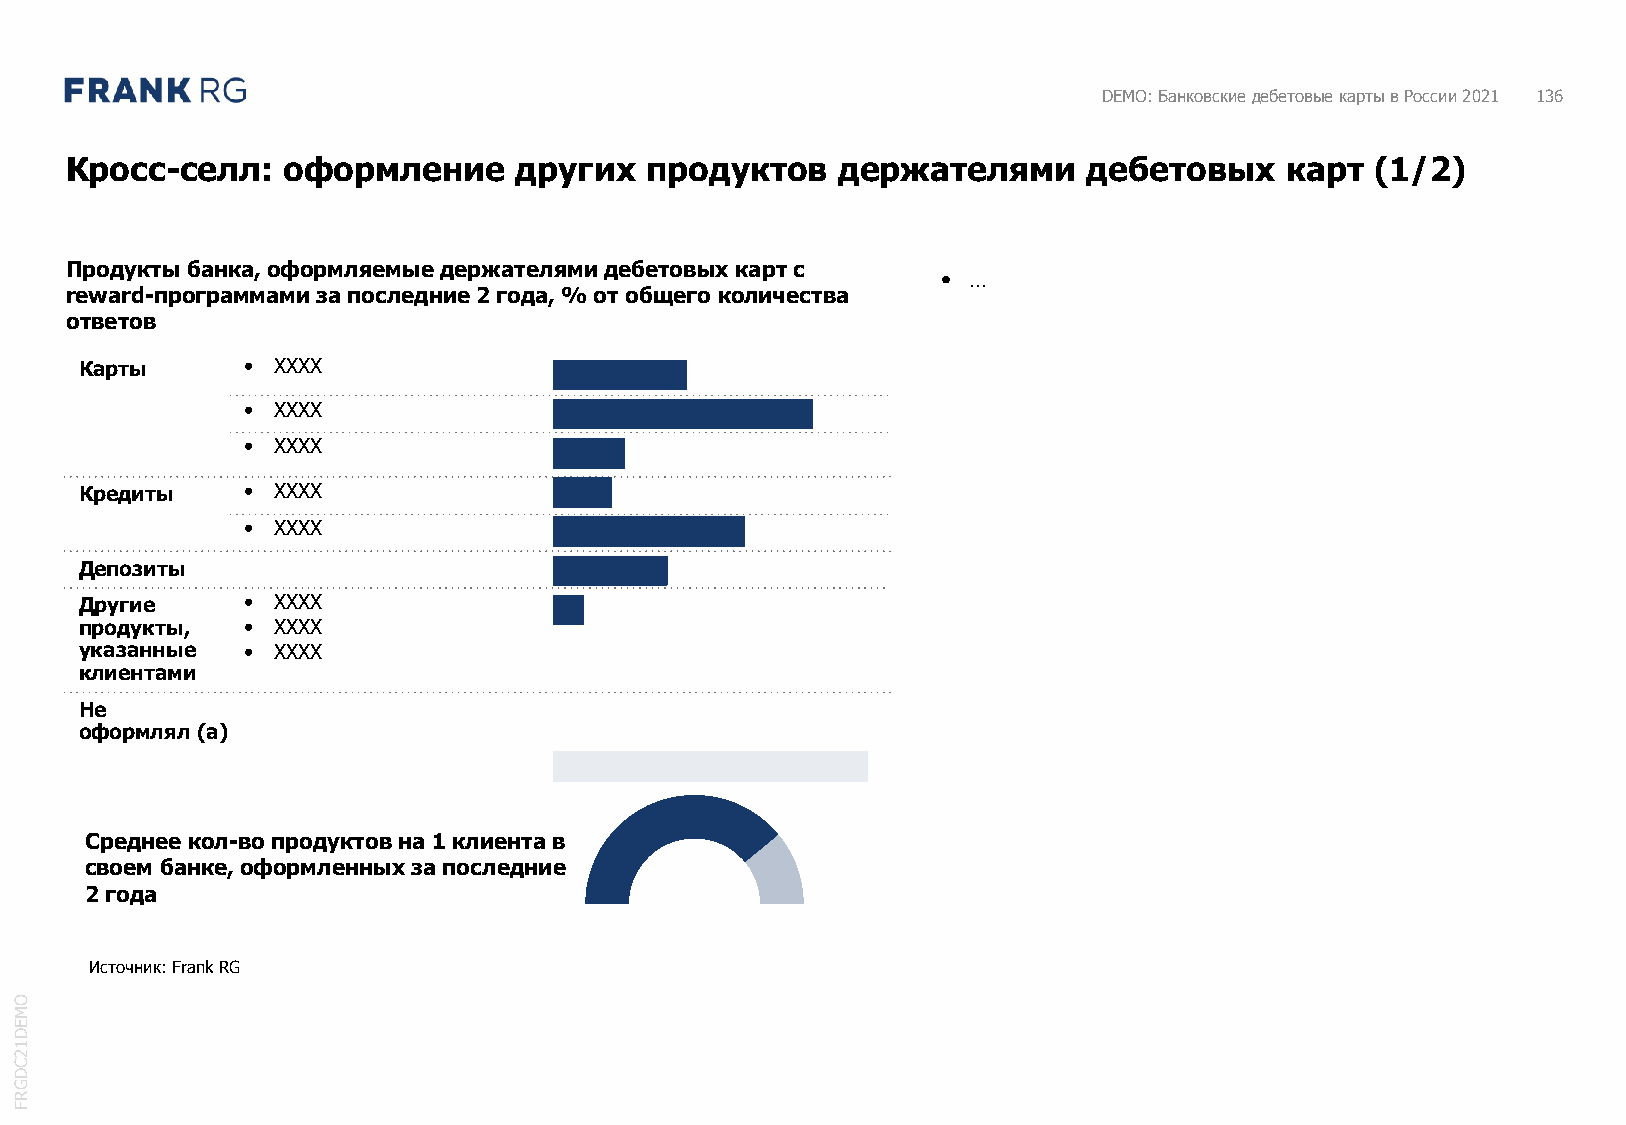
DEMO: Банковские дебетовые карты в России 2021 136
 Кросс-селл:    оформление     других   продуктов    держателями     дебетовых    карт  (1/2)
 Продукты банка, оформляемые держателями дебетовых карт с
 • …
 reward-программами за последние 2 года, % от общего количества
 ответов
 Карты      • XXXX
 • XXXX
 • XXXX
 Кредиты    • XXXX
 • XXXX
 Депозиты
 Другие     • XXXX
 продукты,  • XXXX
 указанные  • XXXX
 клиентами
 Не
 оформлял (а)
 Среднее кол-во продуктов на 1 клиента в
 своем банке, оформленных за последние
 2 года
 Источник: FrankRG
 O
 M
 E
 D
 1
 2
 C
 D
 G
 R
 F